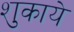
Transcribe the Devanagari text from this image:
शुकाये